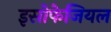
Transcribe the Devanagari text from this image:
इसोफेजियल